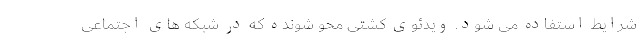
شرایط استفاده می شود. ویدئوی کشتی محو شونده که در شبکه های اجتماعی